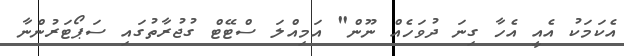
އެކަމަކު އެއީ އެހާ ގިނަ ދުވަހެއް ނޫން" އަމިއްލަ ސްޓޭޓް ގުޖުރާތުގައި ސަޕޯޓަރުންނާ